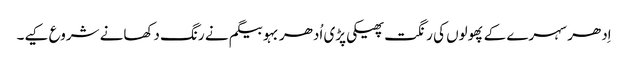
اِدھر سہرے کے پھولوں کی رنگت پھیکی پڑی اُدھر بہو بیگم نے رنگ دکھانے شروع کیے۔